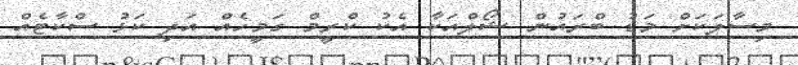
މިސާލަކަށް މަޑު ބްރައުން ޝޯލްއަކާ އެކު ކްރީމް ގަމީހެއް އަދި ކަޅު ސްކާޓެއް